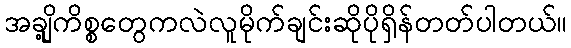
အချို့ကိစ္စတွေကလဲလူမိုက်ချင်းဆိုပိုရှိန်တတ်ပါတယ်။